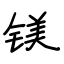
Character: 镁